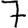
Digit: 7